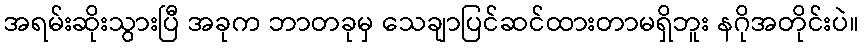
အရမ်းဆိုးသွားပြီ အခုက ဘာတခုမှ သေချာပြင်ဆင်ထားတာမရှိဘူး နဂိုအတိုင်းပဲ။